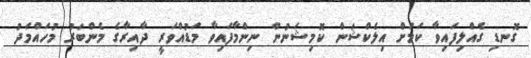
ގޮނޑި ގެއްލިފައިވާ ކަމަށް އިލެކްޝަން ކޮމިޝަނުން ނިންމާފައިވާ މަޑުއްވަރީ ދާއިރާގެ މެންބަރު މުހައްމަދު